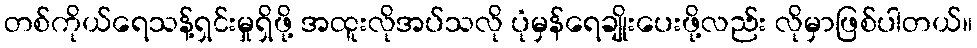
တစ်ကိုယ်ရေသန့်ရှင်းမှုရှိဖို့ အထူးလိုအပ်သလို ပုံမှန်ရေချိုးပေးဖို့လည်း လိုမှာဖြစ်ပါတယ်။